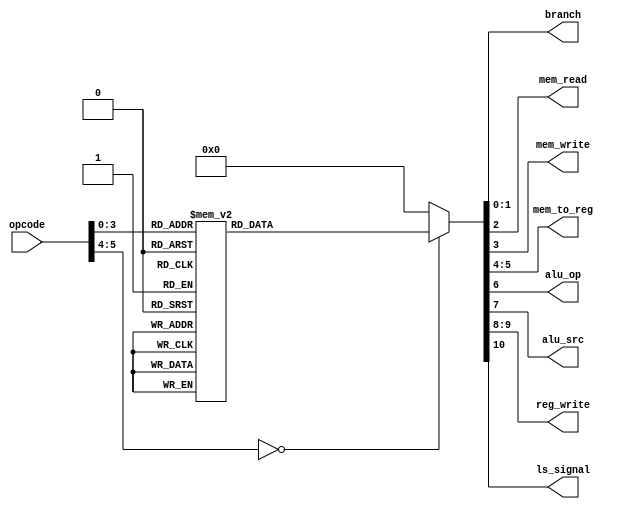
`timescale 1ns / 1ps

module main_control(
    input [5:0]opcode,
    output reg [1:0]branch,
    output reg mem_read,
    output reg mem_write,
    output reg [1:0]mem_to_reg,
    output reg alu_op,
    output reg alu_src,
    output reg [1:0]reg_write,
	 output reg ls_signal
    );

    
    always @(*) begin
        case(opcode)
            6'b000001:							// Add, comp, and, xor, diff
                begin
                    branch <= 2'b00;
                    mem_read <= 1'b0;
                    mem_write <= 1'b0;
                    mem_to_reg <= 2'b10;
                    alu_op <= 1'b1;
                    alu_src <= 1'b1;
                    reg_write <= 2'b01;
						  ls_signal <= 1'b0;
                end
            6'b000010:							// addi, compi
                begin
                    branch <= 2'b00;
                    mem_read <= 1'b0;
                    mem_write <= 1'b0;
                    mem_to_reg <= 2'b10;
                    alu_op <= 1'b1;
                    alu_src <= 1'b0;
                    reg_write <= 2'b01;
						  ls_signal <= 1'b0;
                end
            6'b000011:							// sll, srl, sra
                begin
                    branch <= 2'b00;
                    mem_read <= 1'b0;
                    mem_write <= 1'b0;
                    mem_to_reg <= 2'b10;
                    alu_op <= 1'b1;
                    alu_src <= 1'b0;
                    reg_write <= 2'b01;
						  ls_signal <= 1'b0;
                end
            6'b000100:							// sllv, srlv,srav
                begin
                    branch <= 2'b00;
                    mem_read <= 1'b0;
                    mem_write <= 1'b0;
                    mem_to_reg <= 2'b10;
                    alu_op <= 1'b1;
                    alu_src <= 1'b1;
                    reg_write <= 2'b01;
						  ls_signal <= 1'b0;
                end
            6'b000101:							// lw
                begin
                    branch <= 2'b00;
                    mem_read <= 1'b1;
                    mem_write <= 1'b0;
                    mem_to_reg <= 2'b11;
                    alu_op <= 1'b0;
                    alu_src <= 1'b0;
                    reg_write <= 2'b10;
						  ls_signal <= 1'b1;
                end
            6'b000110:							// sw
                begin
                    branch <= 2'b00;
                    mem_read <= 1'b0;
                    mem_write <= 1'b1;
                    mem_to_reg <= 2'b11;
                    alu_op <= 1'b0;
                    alu_src <= 1'b0;
                    reg_write <= 2'b00;
						  ls_signal <= 1'b1;
                end
            6'b001000:							// b, bcy, bncy
                begin
                    branch <= 2'b11;
                    mem_read <= 1'b0;
                    mem_write <= 1'b0;
                    mem_to_reg <= 2'b10;
                    alu_op <= 1'b1;
                    alu_src <= 1'b1;
                    reg_write <= 2'b00;
						  ls_signal <= 1'b0;
                end
            6'b001010:							// bl
                begin
                    branch <= 2'b11;
                    mem_read <= 1'b0;
                    mem_write <= 1'b0;
                    mem_to_reg <= 2'b01;
                    alu_op <= 1'b1;
                    alu_src <= 1'b1;
                    reg_write <= 2'b11;
						  ls_signal <= 1'b0;
                end
            6'b001011:							// bltz, bz, bnz
                begin
                    branch <= 2'b11;
                    mem_read <= 1'b0;
                    mem_write <= 1'b0;
                    mem_to_reg <= 2'b10;
                    alu_op <= 1'b1;
                    alu_src <= 1'b1;
                    reg_write <= 2'b00;
						  ls_signal <= 1'b0;
                end
            6'b001001:							// br
                begin
                    branch <= 2'b10;
                    mem_read <= 1'b0;
                    mem_write <= 1'b0;
                    mem_to_reg <= 2'b10;
                    alu_op <= 1'b1;
                    alu_src <= 1'b1;
                    reg_write <= 2'b00;
						  ls_signal <= 1'b0;
                end
            default:
                begin
                    branch <= 2'b00;
                    mem_read <= 1'b0;
                    mem_write <= 1'b0;
                    mem_to_reg <= 2'b00;
                    alu_op <= 1'b0;
                    alu_src <= 1'b0;
                    reg_write <= 2'b00;
						  ls_signal <= 1'b0;
                end
        endcase
    end

endmodule